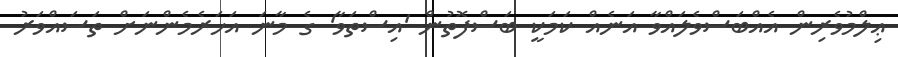
ޢިލްމުވެރިން އެއްބަސްވެލައްވާ އަނެއް ކަމަކީ ބަސްފޮތުން 'އިސްތަވާ' ގެ މާނަ އަހަރެމެންނަށް ތަސައްވަރު